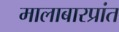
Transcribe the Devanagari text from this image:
मालाबारप्रांत